Problem: 16 ÷ 2 = ?
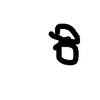
Handwritten answer: 8